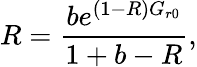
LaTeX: R=\frac{be^{(1-R)G_{r0}}}{1+b-R},